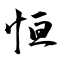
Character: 恒